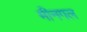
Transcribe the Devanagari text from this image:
मीनगल